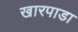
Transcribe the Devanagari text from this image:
खारपाडा